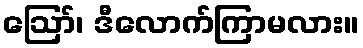
ဪ၊ ဒီလောက်ကြာမလား။